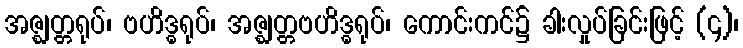
အဇ္ဈတ္တရုပ်၊ ဗဟိဒ္ဓရုပ်၊ အဇ္ဈတ္တဗဟိဒ္ဓရုပ်၊ ကောင်းကင်၌ ခါးလှုပ်ခြင်းဖြင့် (၄)၊